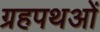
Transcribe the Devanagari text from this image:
ग्रहपथओं